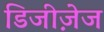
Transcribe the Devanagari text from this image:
डिजीज़ेज